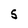
Character: 5